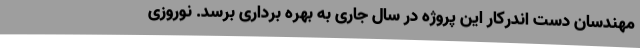
مهندسان دست اندرکار این پروژه در سال جاری به بهره برداری برسد. نوروزی